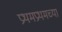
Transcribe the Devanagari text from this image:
प्रथमप्रथमच्या